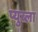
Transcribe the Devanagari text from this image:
प्युब्ला